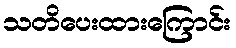
သတိပေးထားကြောင်း